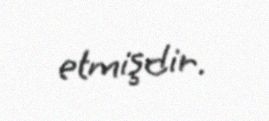
etmişdir.